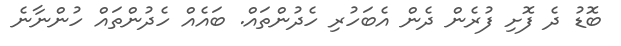
ބޮޑު ދެ ފޮށި ފުރެން ދެން އެބަހުރި ހެދުންތައް. ބައެއް ހެދުންތައް ހުންނާނެ